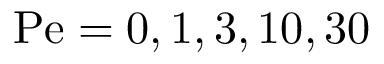
\mathrm { P e } = 0 , 1 , 3 , 1 0 , 3 0